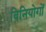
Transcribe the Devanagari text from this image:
विनियोगों